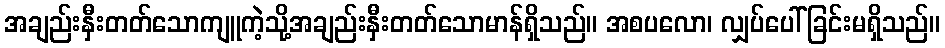
အချည်းနှီးတတ်သောကျူကဲ့သို့အချည်းနှီးတတ်သောမာန်ရှိသည်။ အစပလော၊ လျှပ်ပေါ်ခြင်းမရှိသည်။